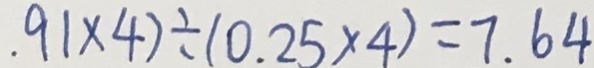
. 9 1 \times 4 ) \div ( 0 . 2 5 \times 4 ) = 7 . 6 4